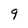
Character: 9